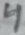
Text: 4